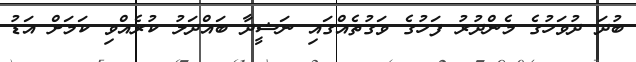
ބުދަ ދުވަހުގެ މެންދުރު ފަހުގެ ވަގުތެއްގައި ނަޝީދާ ބައްދަލު ކުރެއްވި ކަމަށް އަޑު